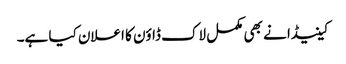
کینیڈا نے بھی مکمل لاک ڈاؤن کا اعلان کیا ہے۔